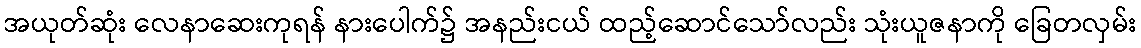
အယုတ်ဆုံး လေနာဆေးကုရန် နားပေါက်၌ အနည်းငယ် ထည့်ဆောင်သော်လည်း သုံးယူဇနာကို ခြေတလှမ်း